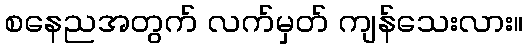
စနေညအတွက် လက်မှတ် ကျန်သေးလား။